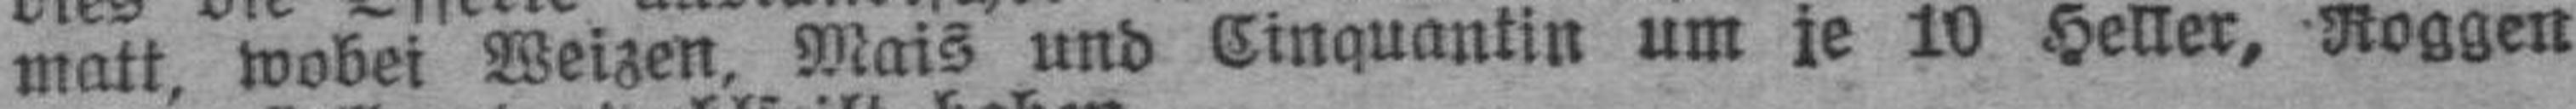
matt, wobei Weizen, Mais und Cinquantin um je 19 Heller. Roggen